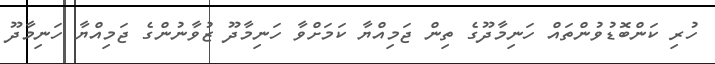
ހުރި ކަންބޮޑުވުންތައް ހަނިމާދޫގެ ތިން ޖަމިއްޔާ ކަމަށްވާ ހަނިމާދޫ ޒުވާނުންގެ ޖަމިއްޔާ ހަނިމާދޫ